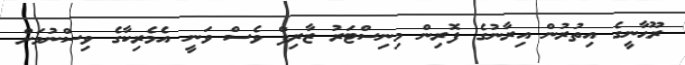
ރޫޙާނީގެ އިތުރުން އިރާނުގެ ފޮރިން މިނިސްޓަރު ޒާރިފް ވެސް ވަނީ އެމެރިކާގެ ވިސްނުމަށް